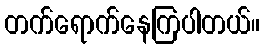
တက်ရောက်နေကြပါတယ်။